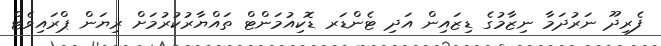
ފެރިދޫ ނަރުދަމާ ނިޒާމުގެ ޑިޒައިން އަދި ޓެންޑަރ ޑޮކިއުމަންޓް ތައްޔާރުކުރުމަށް ރިޔަން ޕްރައިވެޓް